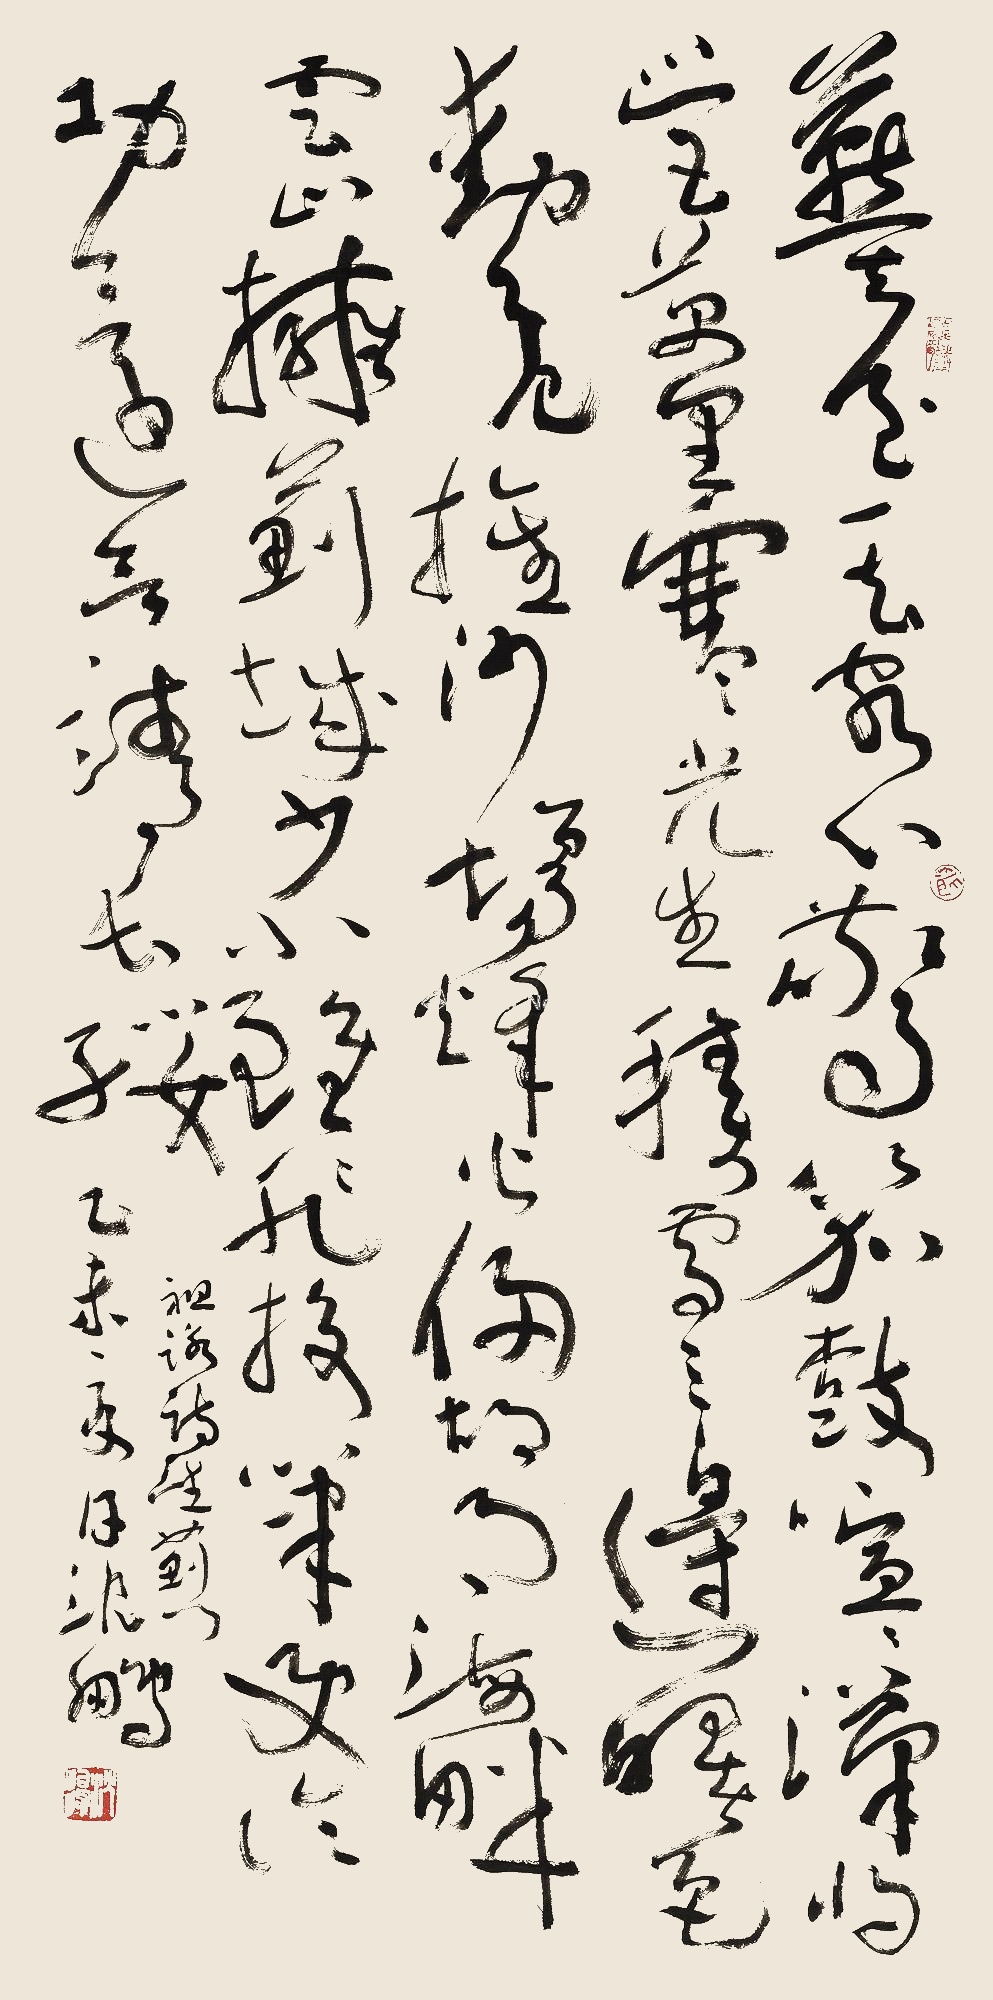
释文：燕台一望客心惊，箫鼓喧喧汉将营。万里寒光生积雪，三边曙色动危旌。沙场烽火连胡月，海畔云山拥蓟城。少小虽非投笔吏，论功还欲请长缨。祖咏诗《望蓟门》。乙未夏月，沈鹏。